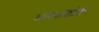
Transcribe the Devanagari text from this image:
धम्मअशोक